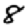
Digit: 8